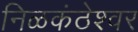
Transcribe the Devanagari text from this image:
निळकंठेश्वर